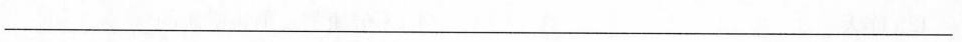
___